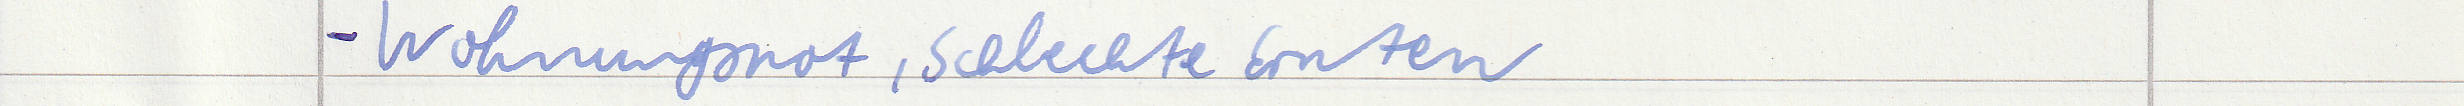
- Wohnungsnot, schlechte Ernten